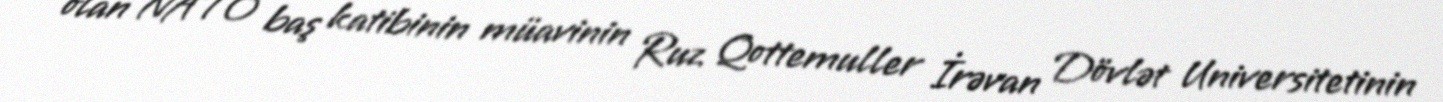
olan NATO baş katibinin müavinin Ruz Qottemuller İrəvan Dövlət Universitetinin